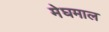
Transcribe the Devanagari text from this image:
मेघमाल